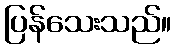
ပြန်သေးသည်။